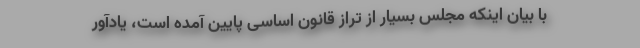
با بیان اینکه مجلس بسیار از تراز قانون اساسی پایین آمده است، یادآور